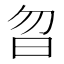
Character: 曶